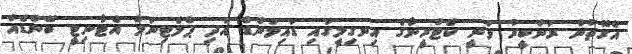
އެގޮތުން ރަންބީރު ވަނީ ކެޓްރީނާގެ އިނގިލީގައި ޑައިމަންޑް އަދި ޕްލެޓިނަމް އެޓާނިޓީ ބޭންޑެއް